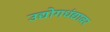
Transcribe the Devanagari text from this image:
उद्योगधंद्यावर